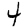
Digit: 4